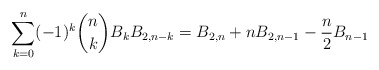
\begin{align*}\sum_{k=0}^{n} (-1)^k \binom{n}{k} B_kB_{2,n-k} = B_{2,n}+ n B_{2,n-1} - \frac{n}{2}B_{n-1} \end{align*}